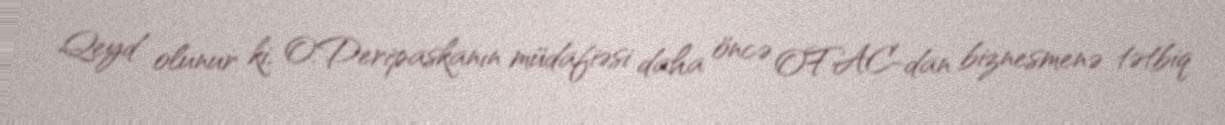
Qeyd olunur ki, O.Deripaskanın müdafiəsi daha öncə OFAC-dan biznesmenə tətbiq